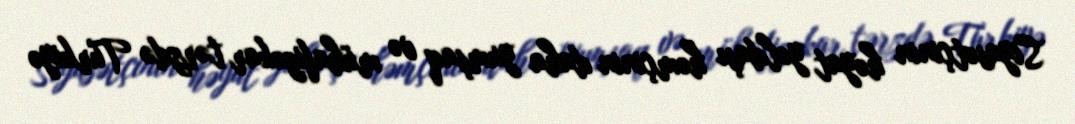
Siyasətçinin həyat yoldaşı həmçinin daha yumşaq və mühafizəkar tərzdə Türkiyə